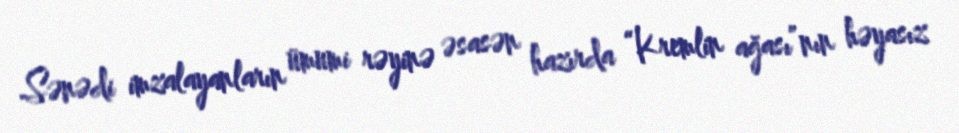
Sənədi imzalayanların ümumi rəyinə əsasən hazırda “Kremlin ağası”nın həyasız